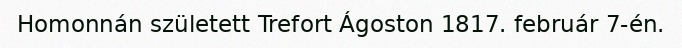
Homonnán született Trefort Ágoston 1817. február 7-én.